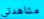
مشاهدتي